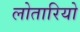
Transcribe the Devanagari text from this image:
लोतारियो